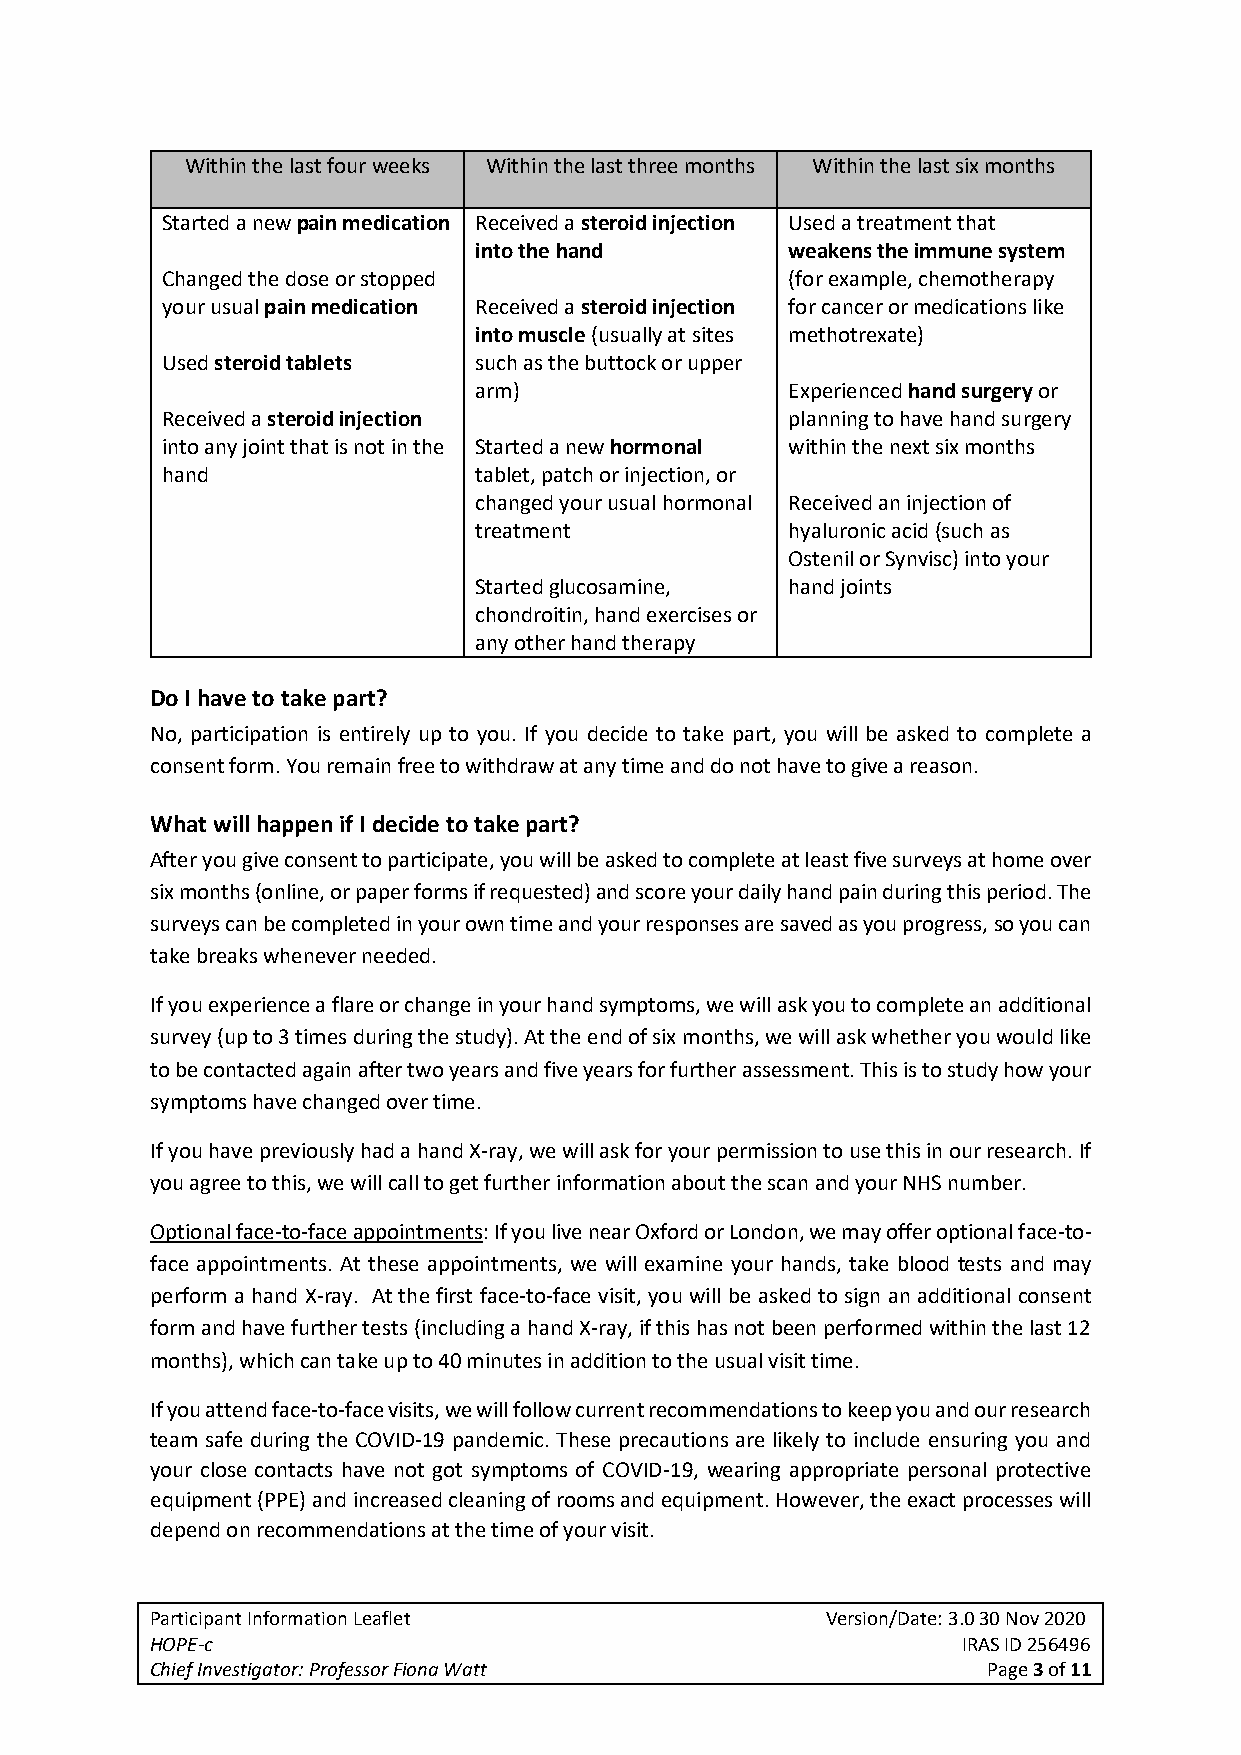
Within the last four weeks Within the last three months Within the last six months
 Started a new pain medication Received a steroid injection Used a treatment that
 into the hand        weakens the immune system
 Changed the dose or stopped              (for example, chemotherapy
 your usual pain medication Received a steroid injection for cancer or medications like
 into muscle (usually at sites methotrexate)
 Used steroid tablets such as the buttock or upper
 arm)                 Experienced hand surgery or
 Received a steroid injection             planning to have hand surgery
 into any joint that is not in the Started a new hormonal within the next six months
 hand                tablet, patch or injection, or
 changed your usual hormonal Received an injection of
 treatment            hyaluronic acid (such as
 Ostenil or Synvisc) into your
 Started glucosamine, hand joints
 chondroitin, hand exercises or
 any other hand therapy
 Do I have to take part?
 No, participation is entirely up to you. If you decide to take part, you will be asked to complete a
 consent form. You remain free to withdraw at any time and do not have to give a reason.
 What will happen if I decide to take part?
 After you give consent to participate, you will be asked to complete at least five surveys at home over
 six months (online, or paper forms if requested) and score your daily hand pain during this period. The
 surveys can be completed in your own time and your responses are saved as you progress, so you can
 take breaks whenever needed.
 If you experience a flare or change in your hand symptoms, we will ask you to complete an additional
 survey (up to 3 times during the study). At the end of six months, we will ask whether you would like
 to be contacted again after two years and five years for further assessment. This is to study how your
 symptoms have changed over time.
 If you have previously had a hand X-ray, we will ask for your permission to use this in our research. If
 you agree to this, we will call to get further information about the scan and your NHS number.
 Optional face-to-face appointments: If you live near Oxford or London, we may offer optional face-to-
 face appointments. At these appointments, we will examine your hands, take blood tests and may
 perform a hand X-ray. At the first face-to-face visit, you will be asked to sign an additional consent
 form and have further tests (including a hand X-ray, if this has not been performed within the last 12
 months), which can take up to 40 minutes in addition to the usual visit time.
 If you attend face-to-face visits, we will follow current recommendations to keep you and our research
 team safe during the COVID-19 pandemic. These precautions are likely to include ensuring you and
 your close contacts have not got symptoms of COVID-19, wearing appropriate personal protective
 equipment (PPE) and increased cleaning of rooms and equipment. However, the exact processes will
 depend on recommendations at the time of your visit.
 Participant Information Leaflet              Version/Date: 3.0 30 Nov 2020
 HOPE-c                                                IRAS ID 256496
 Chief Investigator: Professor Fiona Watt               Page 3 of 11